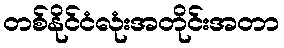
တစ်နိုင်ငံလုံးအတိုင်းအတာ